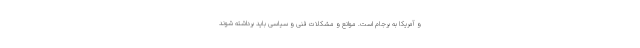
و آمریکا به برجام است. موانع و مشکلات فنی و سیاسی باید برداشته شوند